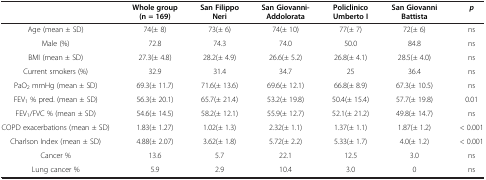
<table><thead><tr><td><b> </b></td><td><b>Whole group (n = 169)</b></td><td><b>San Filippo Neri</b></td><td><b>San Giovanni-Addolorata</b></td><td><b>Policlinico Umberto I</b></td><td><b>San Giovanni Battista</b></td><td><b><i>p</i></b></td></tr></thead><tbody><tr><td>Age (mean ± SD)</td><td>74(± 8)</td><td>73(± 6)</td><td>74(± 10)</td><td>77(± 7)</td><td>72(± 6)</td><td>ns</td></tr><tr><td>Male (%)</td><td>72.8</td><td>74.3</td><td>74.0</td><td>50.0</td><td>84.8</td><td>ns</td></tr><tr><td>BMI (mean ± SD)</td><td>27.3(± 4.8)</td><td>28.2(± 4.9)</td><td>26.6(± 5.2)</td><td>26.8(± 4.1)</td><td>28.5(± 4.0)</td><td>ns</td></tr><tr><td>Current smokers (%)</td><td>32.9</td><td>31.4</td><td>34.7</td><td>25</td><td>36.4</td><td>ns</td></tr><tr><td>PaO<sub>2</sub> mmHg (mean ± SD)</td><td>69.3(± 11.7)</td><td>71.6(± 13.6)</td><td>69.6(± 12.1)</td><td>66.8(± 8.9)</td><td>67.3(± 10.5)</td><td>ns</td></tr><tr><td>FEV<sub>1</sub> % pred. (mean ± SD)</td><td>56.3(± 20.1)</td><td>65.7(± 21.4)</td><td>53.2(± 19.8)</td><td>50.4(± 15.4)</td><td>57.7(± 19.8)</td><td>0.01</td></tr><tr><td>FEV<sub>1</sub>/FVC % (mean ± SD)</td><td>54.6(± 14.5)</td><td>58.2(± 12.1)</td><td>55.9(± 12.7)</td><td>52.1(± 21.2)</td><td>49.8(± 14.7)</td><td>ns</td></tr><tr><td>COPD exacerbations (mean ± SD)</td><td>1.83(± 1.27)</td><td>1.02(± 1.3)</td><td>2.32(± 1.1)</td><td>1.37(± 1.1)</td><td>1.87(± 1.2)</td><td>&lt; 0.001</td></tr><tr><td>Charlson Index (mean ± SD)</td><td>4.88(± 2.07)</td><td>3.62(± 1.8)</td><td>5.72(± 2.2)</td><td>5.33(± 1.7)</td><td>4.0(± 1.2)</td><td>&lt; 0.001</td></tr><tr><td>Cancer %</td><td>13.6</td><td>5.7</td><td>22.1</td><td>12.5</td><td>3.0</td><td>ns</td></tr><tr><td>Lung cancer %</td><td>5.9</td><td>2.9</td><td>10.4</td><td>3.0</td><td>0</td><td>ns</td></tr></tbody></table>